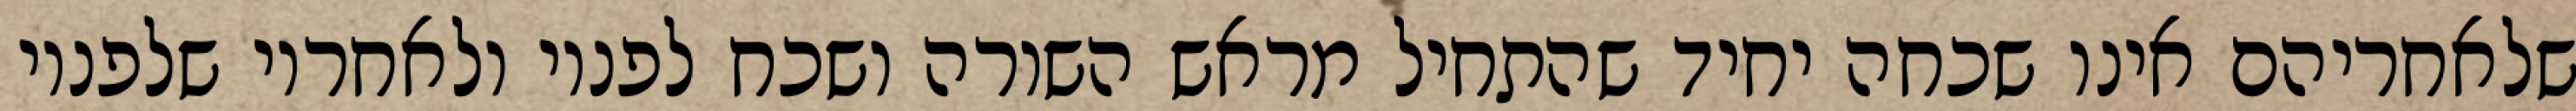
שלאחריהם אינו שכחה יחיד שהתחיל מראש השורה ושכח לפניו ולאחריו שלפניו